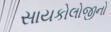
સાયકોલોજીનો